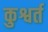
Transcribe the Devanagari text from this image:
कुश्वर्त